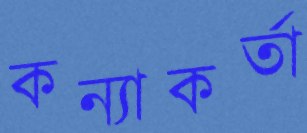
কন্যাকর্তা